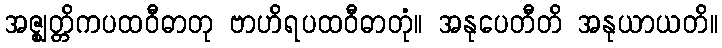
အဇ္ဈတ္တိကပထဝီဓာတု ဗာဟိရပထဝီဓာတုံ။ အနုပေတီတိ အနုယာယတိ။